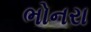
ભોનરા